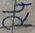
Text: R4